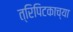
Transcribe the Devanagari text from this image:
त्रिपिटकाच्या